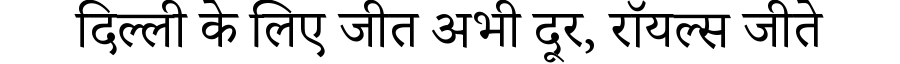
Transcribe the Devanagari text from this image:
दिल्ली के लिए जीत अभी दूर, रॉयल्स जीते